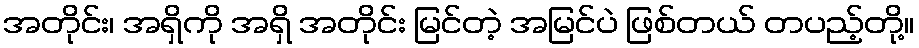
အတိုင်း၊ အရှိကို အရှိ အတိုင်း မြင်တဲ့ အမြင်ပဲ ဖြစ်တယ် တပည့်တို့။